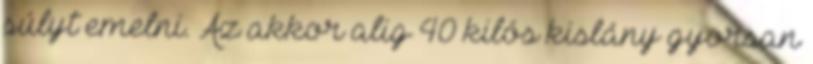
súlyt emelni. Az akkor alig 40 kilós kislány gyorsan